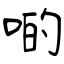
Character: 啲